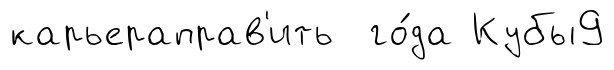
карьераправ'ить го́да Кубы9